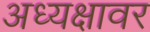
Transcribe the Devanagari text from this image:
अध्यक्षावर